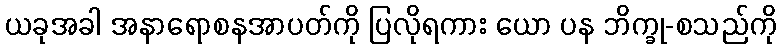
ယခုအခါ အနာရောစနအာပတ်ကို ပြလိုရကား ယော ပန ဘိက္ခု-စသည်ကို